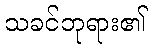
သခင်ဘုရား၏